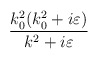
\begin{align*}\frac{k_{0}^{2}(k_{0}^{2}+i\varepsilon )}{k^{2}+i\varepsilon }\end{align*}